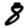
Digit: 8